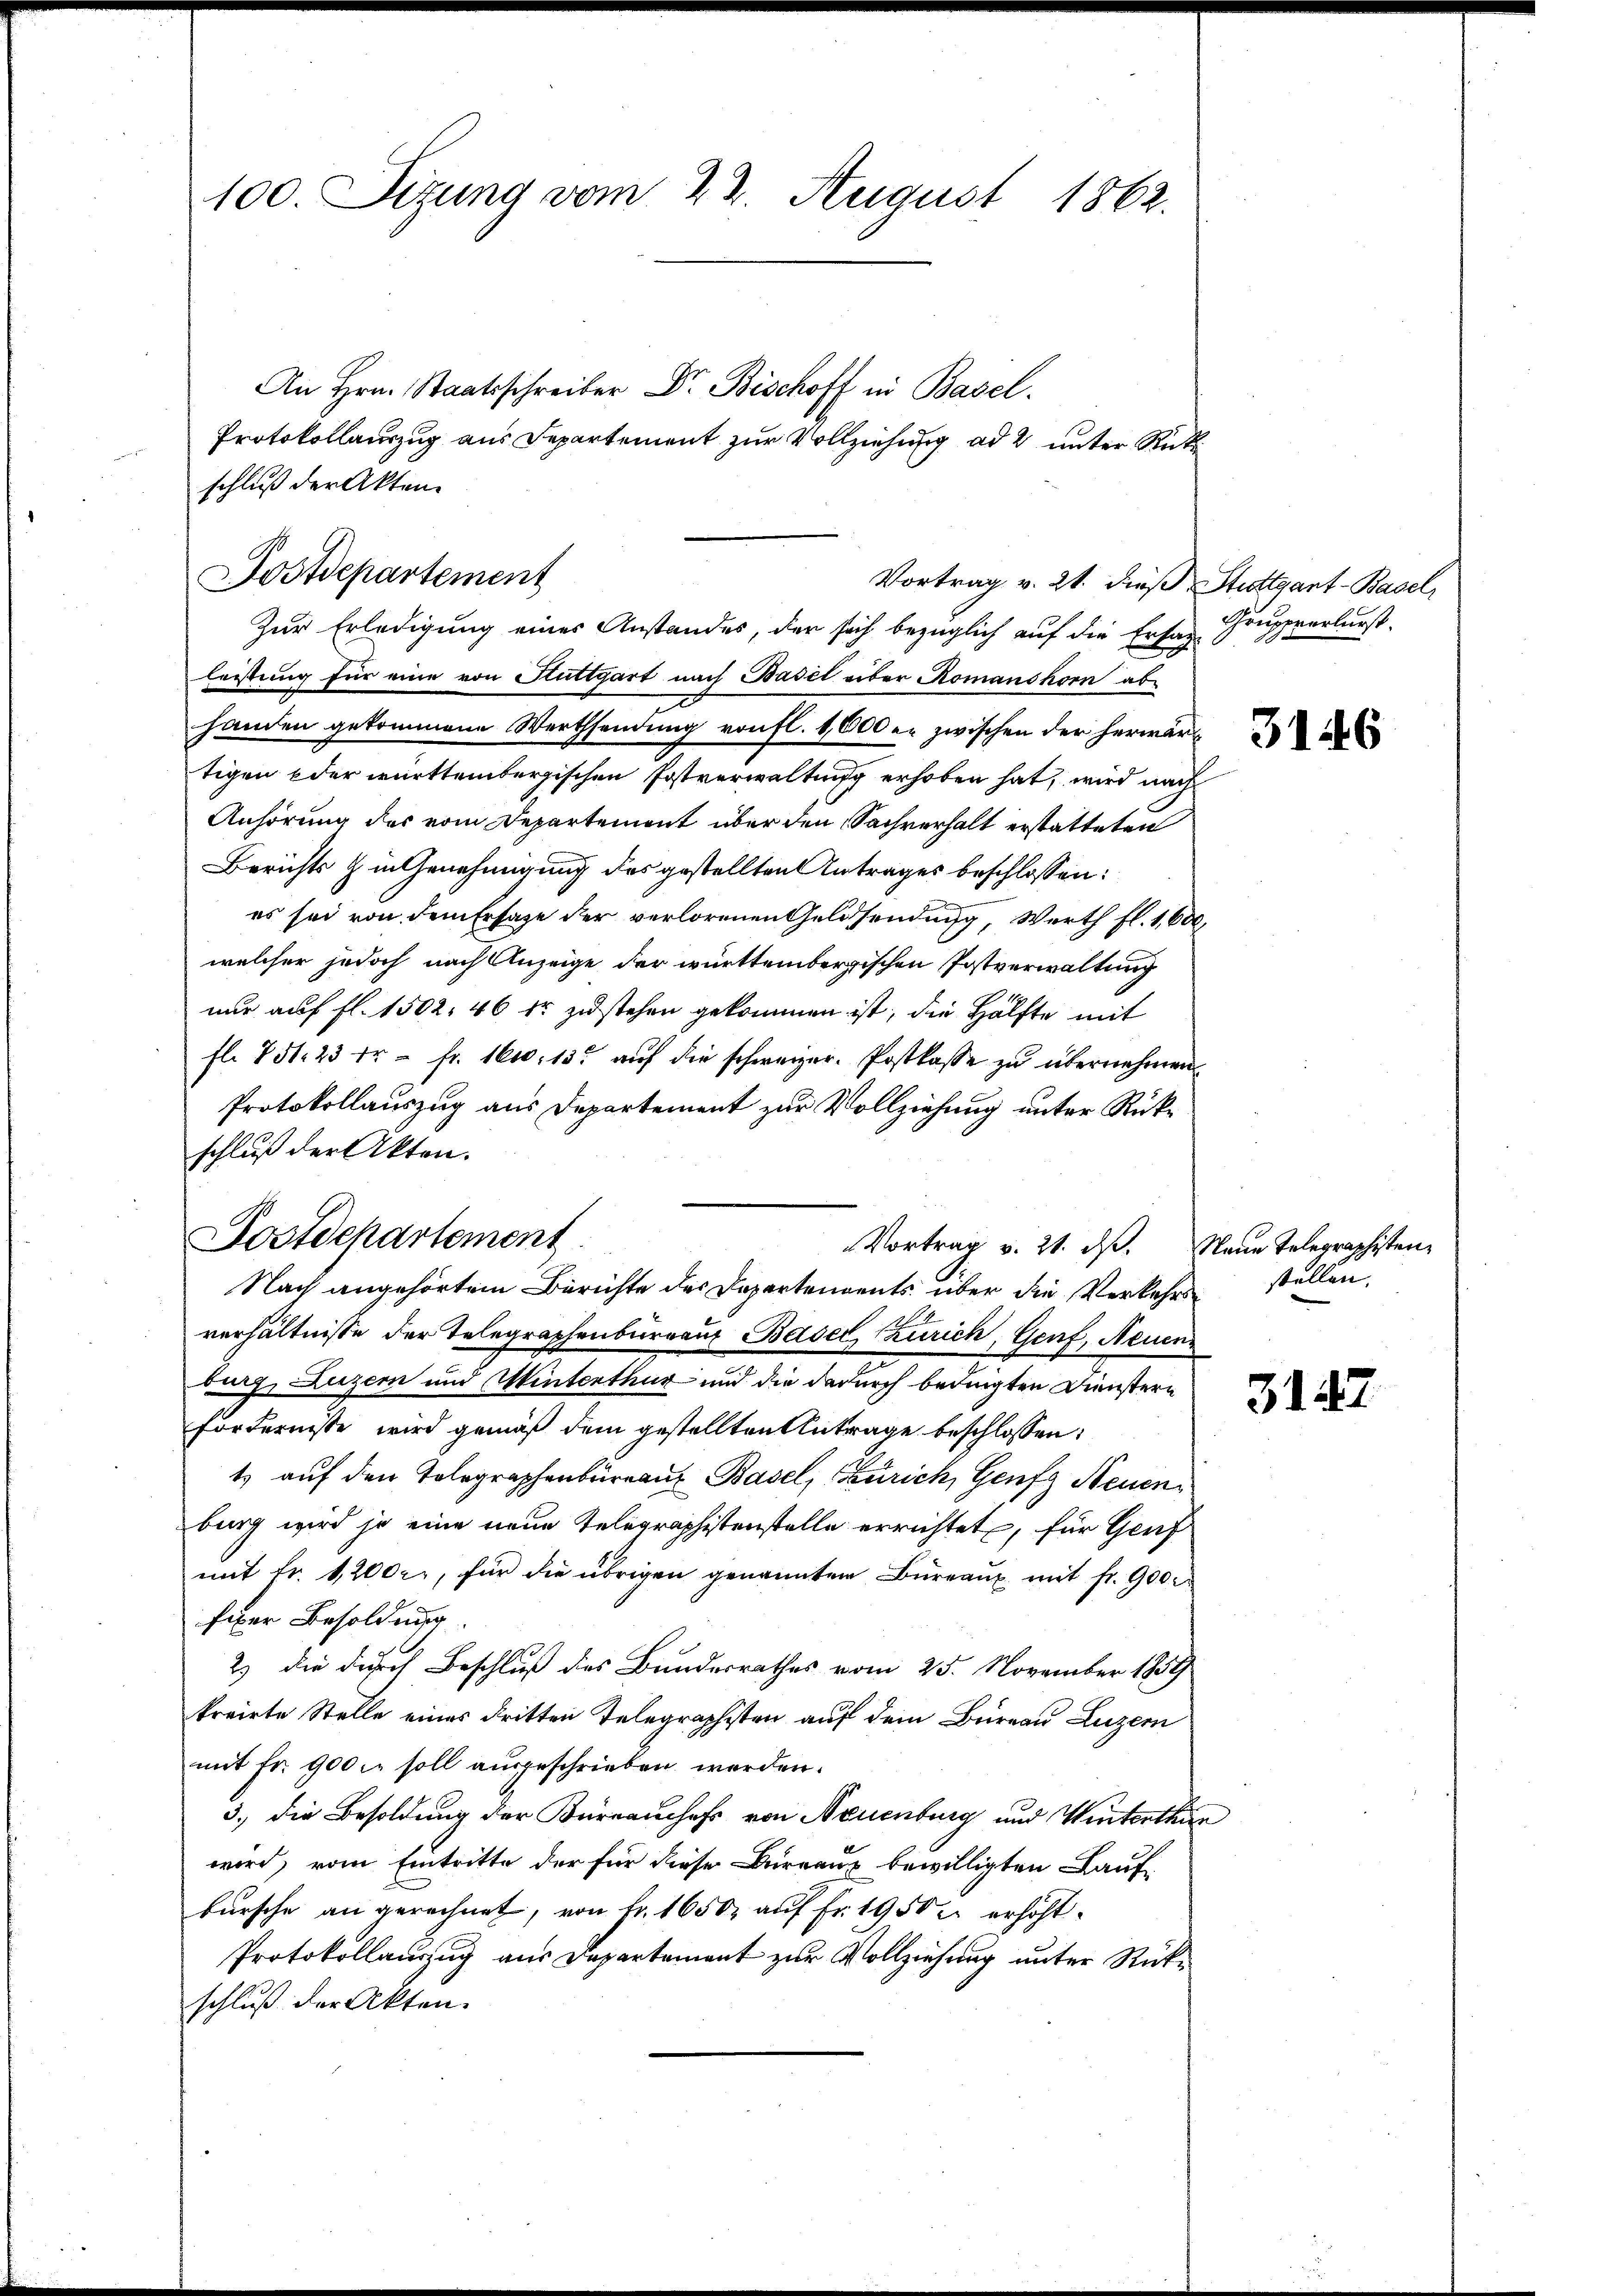
100. Sizung vom 22. August 1862.

An Hrn. Staatsschreiber Dr. Bischoff in Basel.
Protokollauszug aus Departement zur Vollziehung ad 2 unter Rück
Zur Erledigung eines Anstandes, der sich bezüglich auf die Ersaz Gruppverlurst
leistung für eine von Kuttgart nach Basel über Romanshorn abhanden gekommene Werthsendung von fl. 1,600 er zwischen der herwärtigen oder württembergischen Postverwaltung erhoben hat, wird nach
Anhörung des vom Departement über den Sachverhalt erstatteten
Berichts in Genehmigung des gestellten Antrages beschlossen:
es sei von dem Ersatze der verlorenen Geldsendung, Werth fl. 1,600,
welcher jedoch nach Anzeige der württembergischen Postverwaltung
nur auf fl. 1502, 46 fr zustehen gekommen ist, die Hälfte mit
fl. 851. 23 fr - fr. 1600. 13. auf die schweizer. Postkasse zu übernehmen.
Protokollauszug aus Departement zur Vollziehung unter Rükschluß der Akten.
Nach angehörtem Berichte des Departendents über die Verkehrs
verhältnisse der Telegraphenbureaus Basel, Zürich, Genf, Neuen
burg, Luzern und Winterthur und die dadurch bedingten Dienstern
Fördernisse wird gemäß dem gestellten Antrage beschlossen:
t) auf den Telegraphenbureaus Basel, Zürich, Genfz Neuen
burg wird je eine neue Telegraphistenstelle errichtet, für Genf
mit fr. 1200r., für die übrigen genannten Büreaux mit fr. 900 r
fixer Besoldung
2) die durch Beschluß des Bundesrathes vom 25. November 1854
krairte Stelle eines dritten Telegraphisten auf dem Büreau Luzern
mit fr. 900 soll ausgeschrieben werden.
3., die Besoldung der Büreauchefs von Neuenburg und Winterthur
wird, vom Eintritte der für diese Bureaux bewilligten Laufbursche an gerechnet, von fr. 1650 auf Fr. 1950 erhöht.
Protokollanzug aus Departement zur Vollziehung unter Rückschluß der Akten.

schluß der Akten
Postdepartement
Vortrag v. 21. dieß Stuttgart-Basel

Postdepartement
Vortrag v. 21. ds. Neue Telegraphisten¬

3146

stellen.

3147